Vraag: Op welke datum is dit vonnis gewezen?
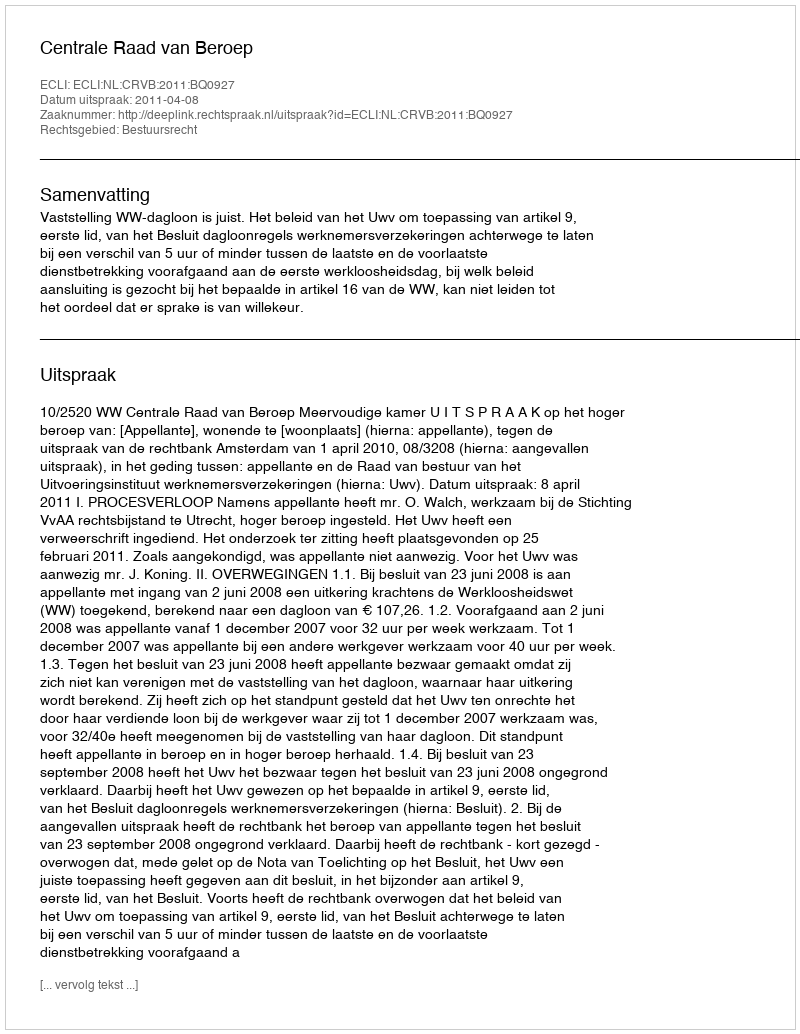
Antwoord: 2011-04-08